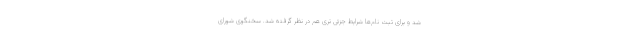
شد و برای ثبت نام‌ها شرایط جزئی تری هم در نظر گرفته شد. سخنگوی شورای